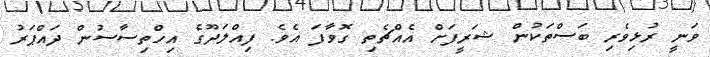
ވަނީ ރުޅިވެރި ބަސްތަކުން ޝަރީފަށް އެއްޗެތި ގޮވާފަ އެވެ. ފިއްލަދޫގެ އިހްތިސާސުން ދައްޕަރު